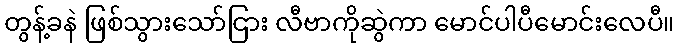
တွန့်ခနဲ ဖြစ်သွားသော်ငြား လီဗာကိုဆွဲကာ မောင်ပါပီမောင်းလေပီ။